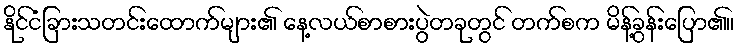
နိုင်ငံခြားသတင်းထောက်များ၏ နေ့လယ်စာစားပွဲတခုတွင် တက်စက မိန့်ခွန်းပြော၏။